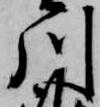
川